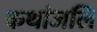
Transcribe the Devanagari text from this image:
कथांजलि